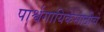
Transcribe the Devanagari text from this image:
पार्श्वगायिकेसाठीचे